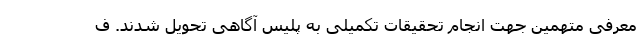
معرفی متهمین جهت انجام تحقیقات تکمیلی به پلیس آگاهی تحویل شدند. ف